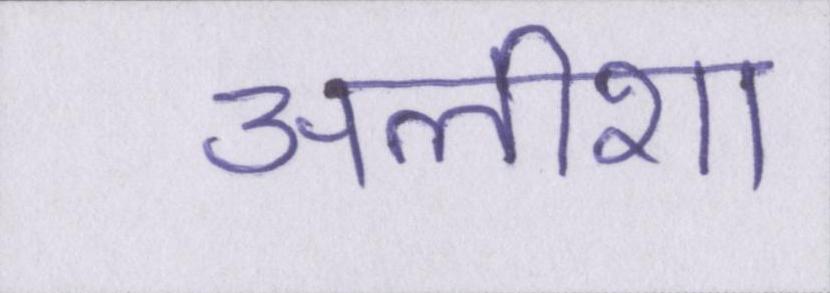
अलीशा